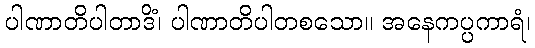
ပါဏာတိပါတာဒိံ၊ ပါဏာတိပါတစသော။ အနေကပ္ပကာရံ၊